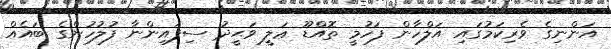
އަންނިގެ ވެރިކަމުގައި އަލްހާން ފަހުމީ ތޮއްޑޫ ޢަލީ ވަޙީދު ސިފައިންނާ ފުލުހުންގެ ބައެއް